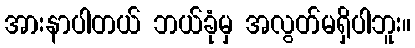
အားနာပါတယ် ဘယ်ခုံမှ အလွတ်မရှိပါဘူး။